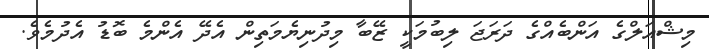
މިޝްއަލްގެ އަންބެއްގެ ދަރަޖަ ލިބުމަކީ ޒޭބާ މިދުނިޔެމަތިން އެދޭ އެންމެ ބޮޑު އެދުމެވެ.